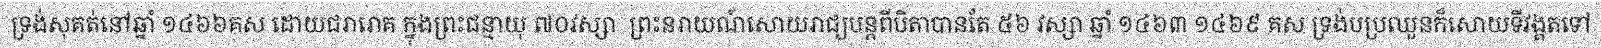
ទ្រង់សុគត់នៅឆ្នាំ ១៤៦៦គស ដោយជរារោគ ក្នុងព្រះជន្មាយុ ៧០វស្សា  ព្រះនរាយណ៍សោយរាជ្យបន្តពីបិតាបានតែ ៥៦ វស្សា ឆ្នាំ ១៤៦៣ ១៤៦៩ គស ទ្រង់បប្រឈួនក៏សោយទីវង្គតទៅ